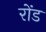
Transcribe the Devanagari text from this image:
रोंड